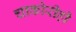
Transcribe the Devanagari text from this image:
चाकोरीही